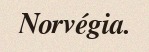
Norvégia.